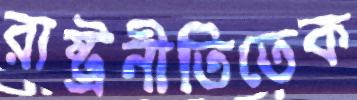
রাষ্ট্রনীতিতেক